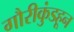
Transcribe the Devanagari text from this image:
गौरीकुंडहून